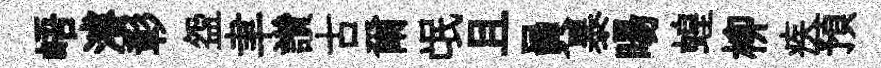
峿濬彰盌聿讚古爾氓且員暴暘蝗柳疾預